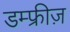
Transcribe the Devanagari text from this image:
डम्फ्रीज़